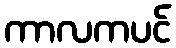
ကာလကပင်